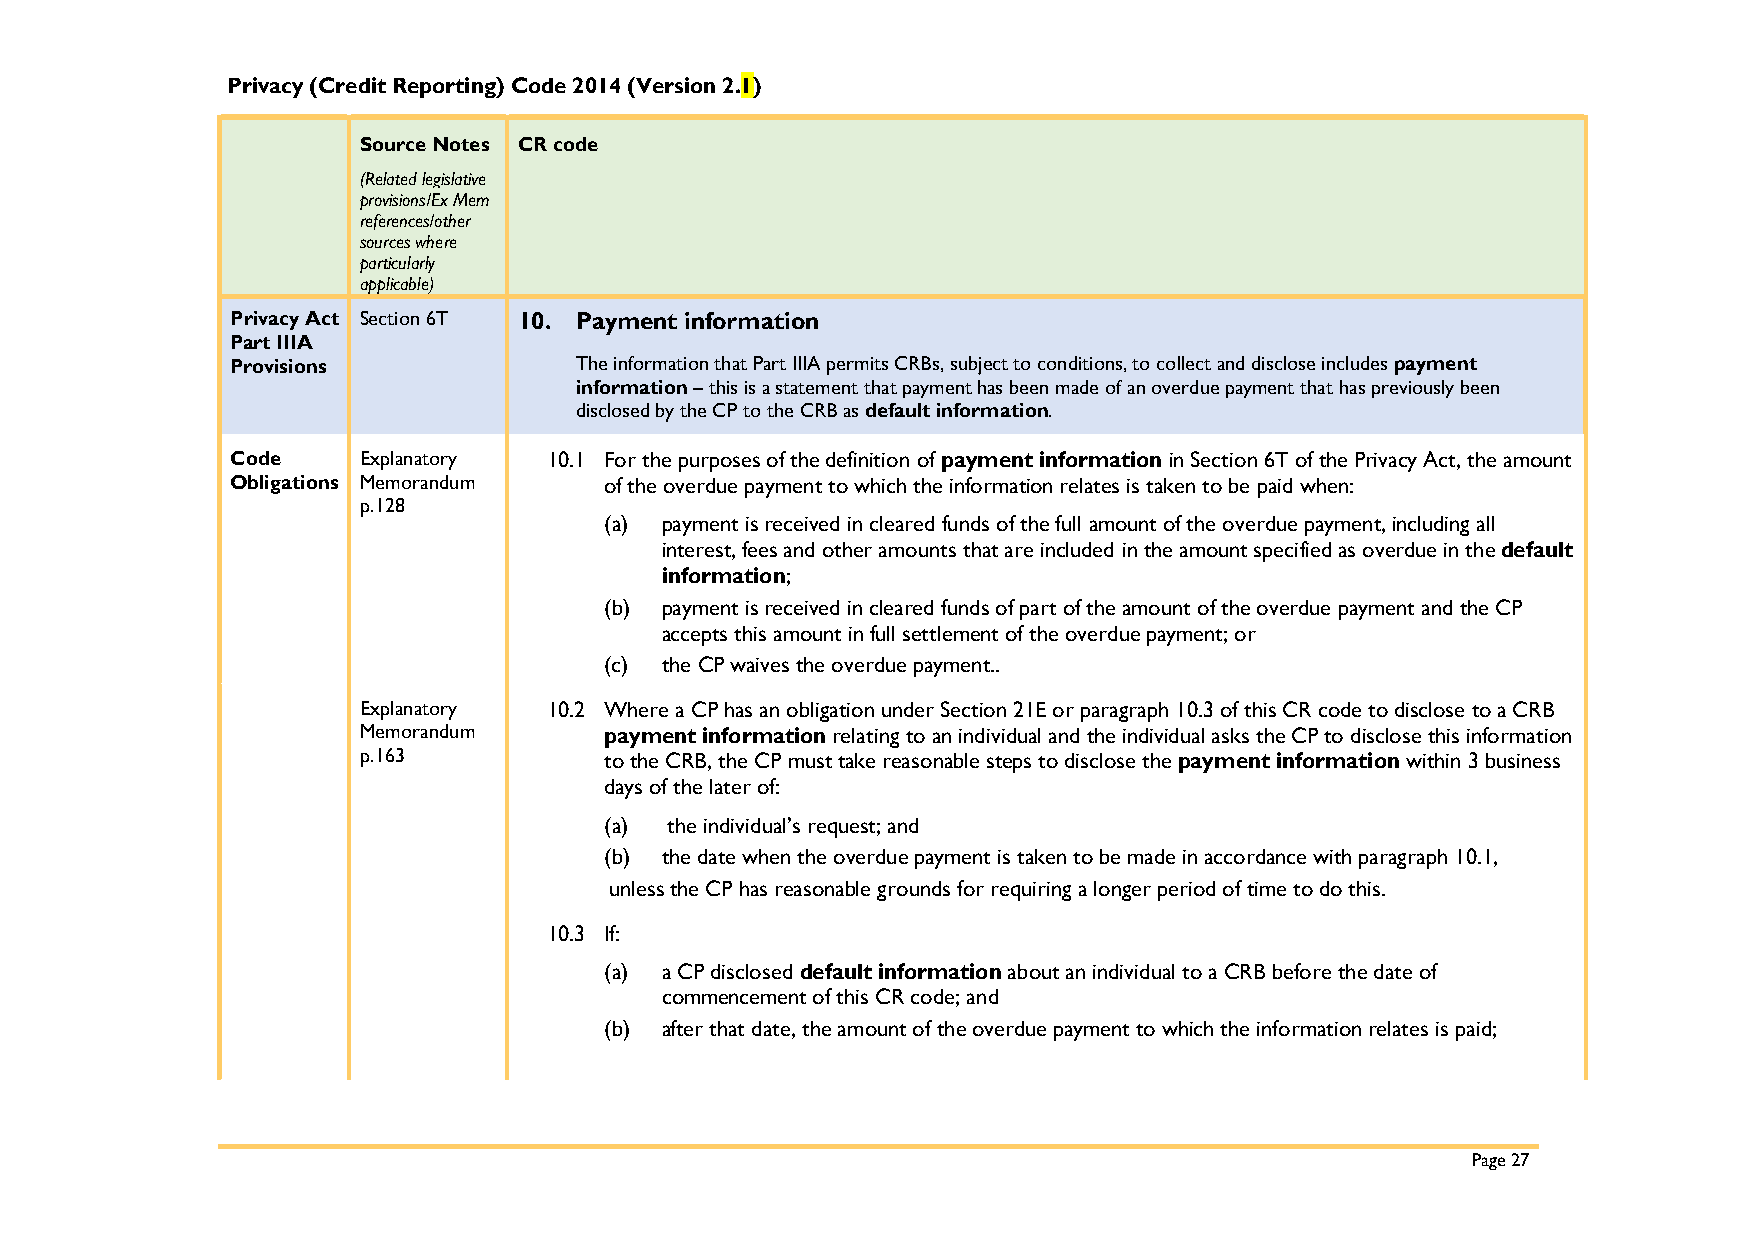
Privacy (Credit Reporting) Code 2014 (Version 2.1)
 Source Notes CR code
 (Related legislative
 provisions/Ex Mem
 references/other
 sources where
 particularly
 applicable)
 Privacy Act Section 6T 10. Payment information
 Part IIIA
 Provisions             The information that Part IIIA permits CRBs, subject to conditions, to collect and disclose includes payment
 information – this is a statement that payment has been made of an overdue payment that has previously been
 disclosed by the CP to the CRB as default information.
 Code     Explanatory 10.1 For the purposes of the definition of payment information in Section 6T of the Privacy Act, the amount
 Obligations Memorandum   of the overdue payment to which the information relates is taken to be paid when:
 p.128
 (a) payment is received in cleared funds of the full amount of the overdue payment, including all
 interest, fees and other amounts that are included in the amount specified as overdue in the default
 information;
 (b) payment is received in cleared funds of part of the amount of the overdue payment and the CP
 accepts this amount in full settlement of the overdue payment; or
 (c) the CP waives the overdue payment..
 Explanatory 10.2 Where a CP has an obligation under Section 21E or paragraph 10.3 of this CR code to disclose to a CRB
 Memorandum      payment information relating to an individual and the individual asks the CP to disclose this information
 p.163           to the CRB, the CP must take reasonable steps to disclose the payment information within 3 business
 days of the later of:
 (a) the individual’s request; and
 (b) the date when the overdue payment is taken to be made in accordance with paragraph 10.1,
 unless the CP has reasonable grounds for requiring a longer period of time to do this.
 10.3 If:
 (a) a CP disclosed default information about an individual to a CRB before the date of
 commencement of this CR code; and
 (b) after that date, the amount of the overdue payment to which the information relates is paid;
 Page 27